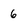
Character: 6